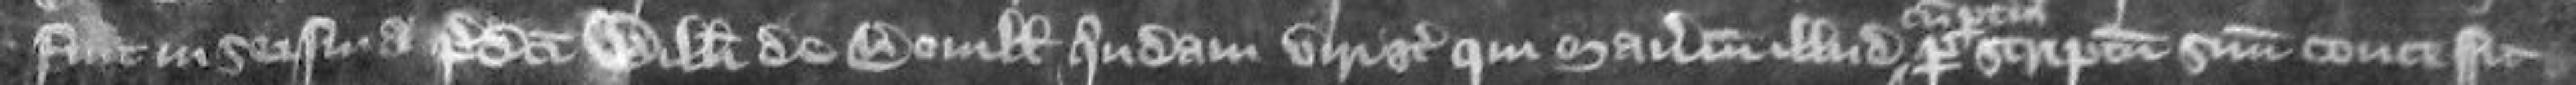
fuit in seisina predicti Willelmi de Boville quondam viri etc qui manerium illud per scriptum suum concessit